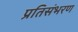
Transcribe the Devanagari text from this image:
प्रतिसंभरण